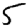
Digit: 5